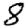
Digit: 8